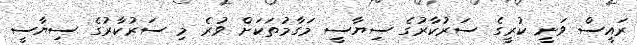
ރައީސް ވަނީ ކުރީގެ ސަރުކާރުގެ ސިޔާސީ މަގާމުތަކަށް ވުރެ މި ސަރުކާރުގެ ސިޔާސީ